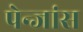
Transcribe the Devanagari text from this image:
पेन्जांस